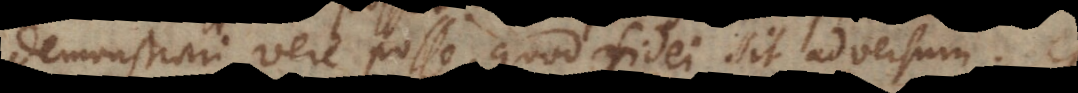
demonstrari vere posse, quod fidei sit adversum.